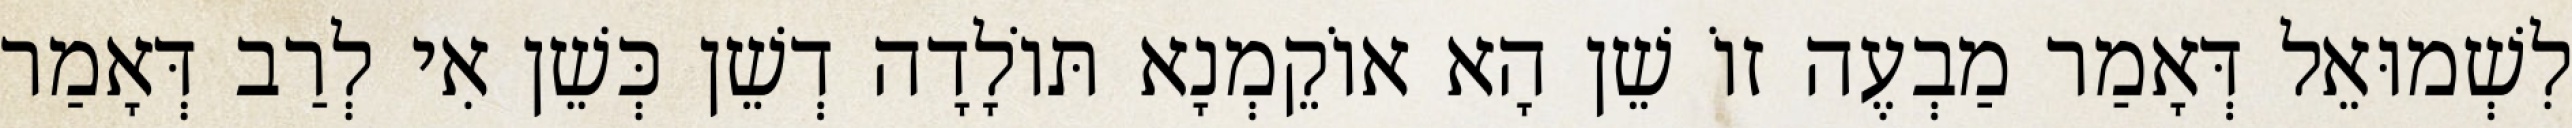
לִשְׁמוּאֵל דְּאָמַר מַבְעֶה זוֹ שֵׁן הָא אוֹקֵמְנָא תּוֹלָדָה דְשֵׁן כְּשֵׁן אִי לְרַב דְּאָמַר